Leaving Certificate Examination, 1910
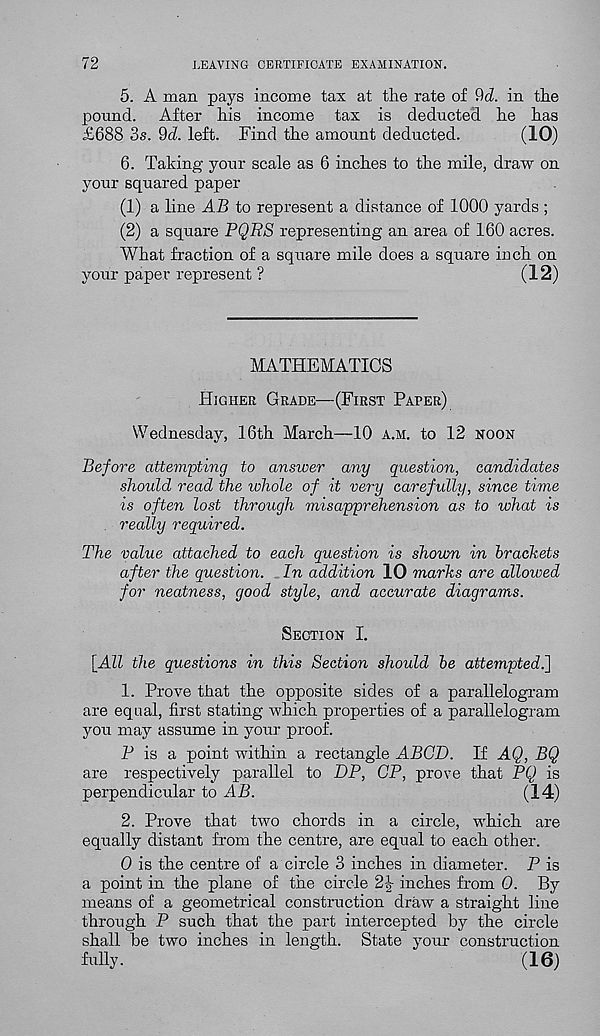
72
LEAVING CERTIFICATE EXAMINATION.
5. A man pays income tax at the rate of Qd. in the
pound. After his income tax is deducted he has
£688 3s. 9d. left. Find the amount deducted.
(10)
6. Taking your scale as 6 inches to the mile, draw on
your squared paper
(1) a line AB to represent a distance of 1000 yards ;
(2) a square PQBS representing an area of 160 acres.
What fraction of a square mile does a square inch on
your paper represent ?
(12)
MATHEMATICS
Higher Grade—(First Paper)
Wednesday, 16th March—10 a.m. to 12 noon
Before attempting to answer any question, candidates
shoidd read the whole of it uery carefully, since time
is often lost through misapprehension as to what is
. really required.
The value attached to each question is shown in brackets
after the question. In addition 10 marks are allowed
for neatness, good style, and accurate diagrams.
Section I.
[All the questions in this Section should be attempted.]
1. Prove that the opposite sides of a parallelogram
are equal, first stating which properties of a parallelogram
you may assume in your proof.
P is a point within a rectangle ABGD. If AQ, BQ
are respectively parallel to DP, CP, prove that PQ is
perpendicular to AB.
(14)
2. Prove that two chords in a circle, which are
equally distant from the centre, are equal to each other.
0 is the centre of a circle 3 inches in diameter. P is
a point in the plane of the circle 2|- inches from 0. By
means of a geometrical construction draw a straight line
through P such that the part intercepted by the circle
shall be two inches in length. State your construction
fully.
(16)